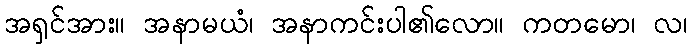
အရှင်အား။ အနာမယံ၊ အနာကင်းပါ၏လော။ ကတမော၊ လ၊